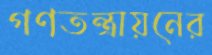
গণতন্ত্রায়নের